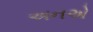
અનએ